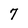
Character: 7